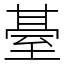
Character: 䑓